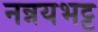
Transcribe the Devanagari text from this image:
नन्नयभट्ट